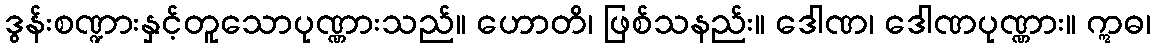
ဒွန်းစဏ္ဍားနှင့်တူသောပုဏ္ဏားသည်။ ဟောတိ၊ ဖြစ်သနည်း။ ဒေါဏ၊ ဒေါဏပုဏ္ဏား။ ဣဓ၊